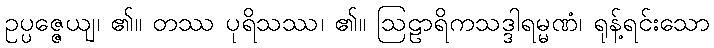
ဥပ္ပဇ္ဇေယျ၊ ၏။ တဿ ပုရိသဿ၊ ၏။ ဩဠာရိကသဒ္ဒါရမ္မဏံ၊ ရုန့်ရင်းသော